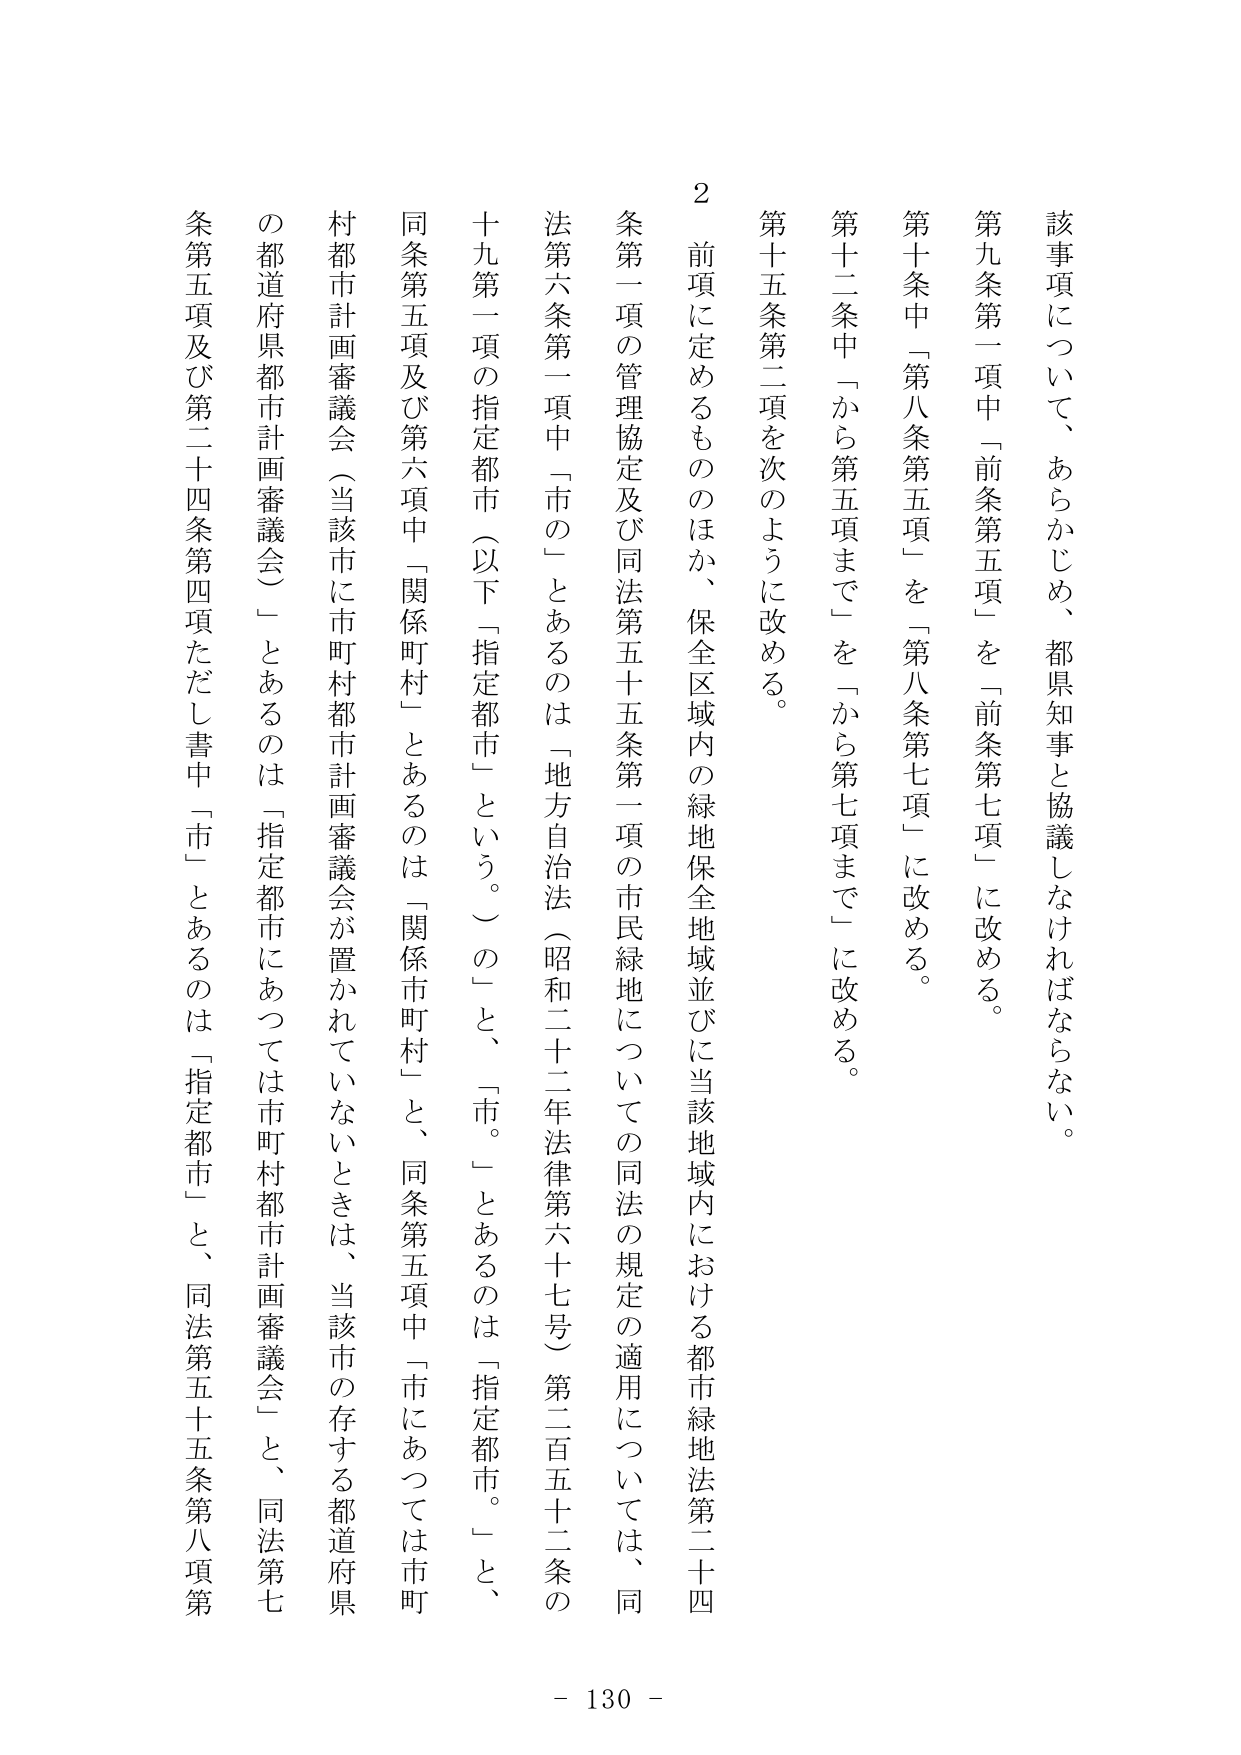
該事項について、あらかじめ、都県知事と協議しなければならない。

第九条第一項中「前条第五項」を「前条第七項」に改める。

第十条中「第八条第五項」を「第八条第七項」に改める。

第十二条中「から第五項まで」を「から第七項まで」に改める。

第十五条第二項を次のように改める。

２ 前項に定めるもののほか、保全区域内の緑地保全地域並びに当該地域内における都市緑地法第二十四条第一項の管理協定及び同法第五十五条第一項の市民緑地についての同法の規定の適用については、同法第六条第一項中「市の」とあるのは「地方自治法（昭和二十二年法律第六十七号）第二百五十二条の十九第一項の指定都市（以下「指定都市」という。）の」と、「市。」とあるのは「指定都市。」と、同条第五項及び第六項中「関係町村」とあるのは「関係市町村」と、同条第五項中「市にあつては市町村都市計画審議会（当該市に市町村都市計画審議会が置かれていないときは、当該市の存する都道府県の都道府県都市計画審議会）」とあるのは「指定都市にあつては市町村都市計画審議会」と、同法第七条第五項及び第二十四条第四項ただし書中「市」とあるのは「指定都市」と、同法第五十五条第八項第

- 130 -